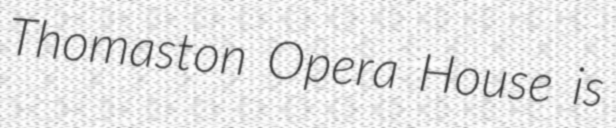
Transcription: Thomaston Opera House is